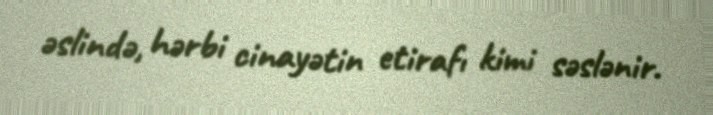
əslində, hərbi cinayətin etirafı kimi səslənir.